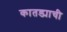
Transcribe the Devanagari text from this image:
कातड्याची